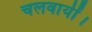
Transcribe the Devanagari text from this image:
चलवायीं।